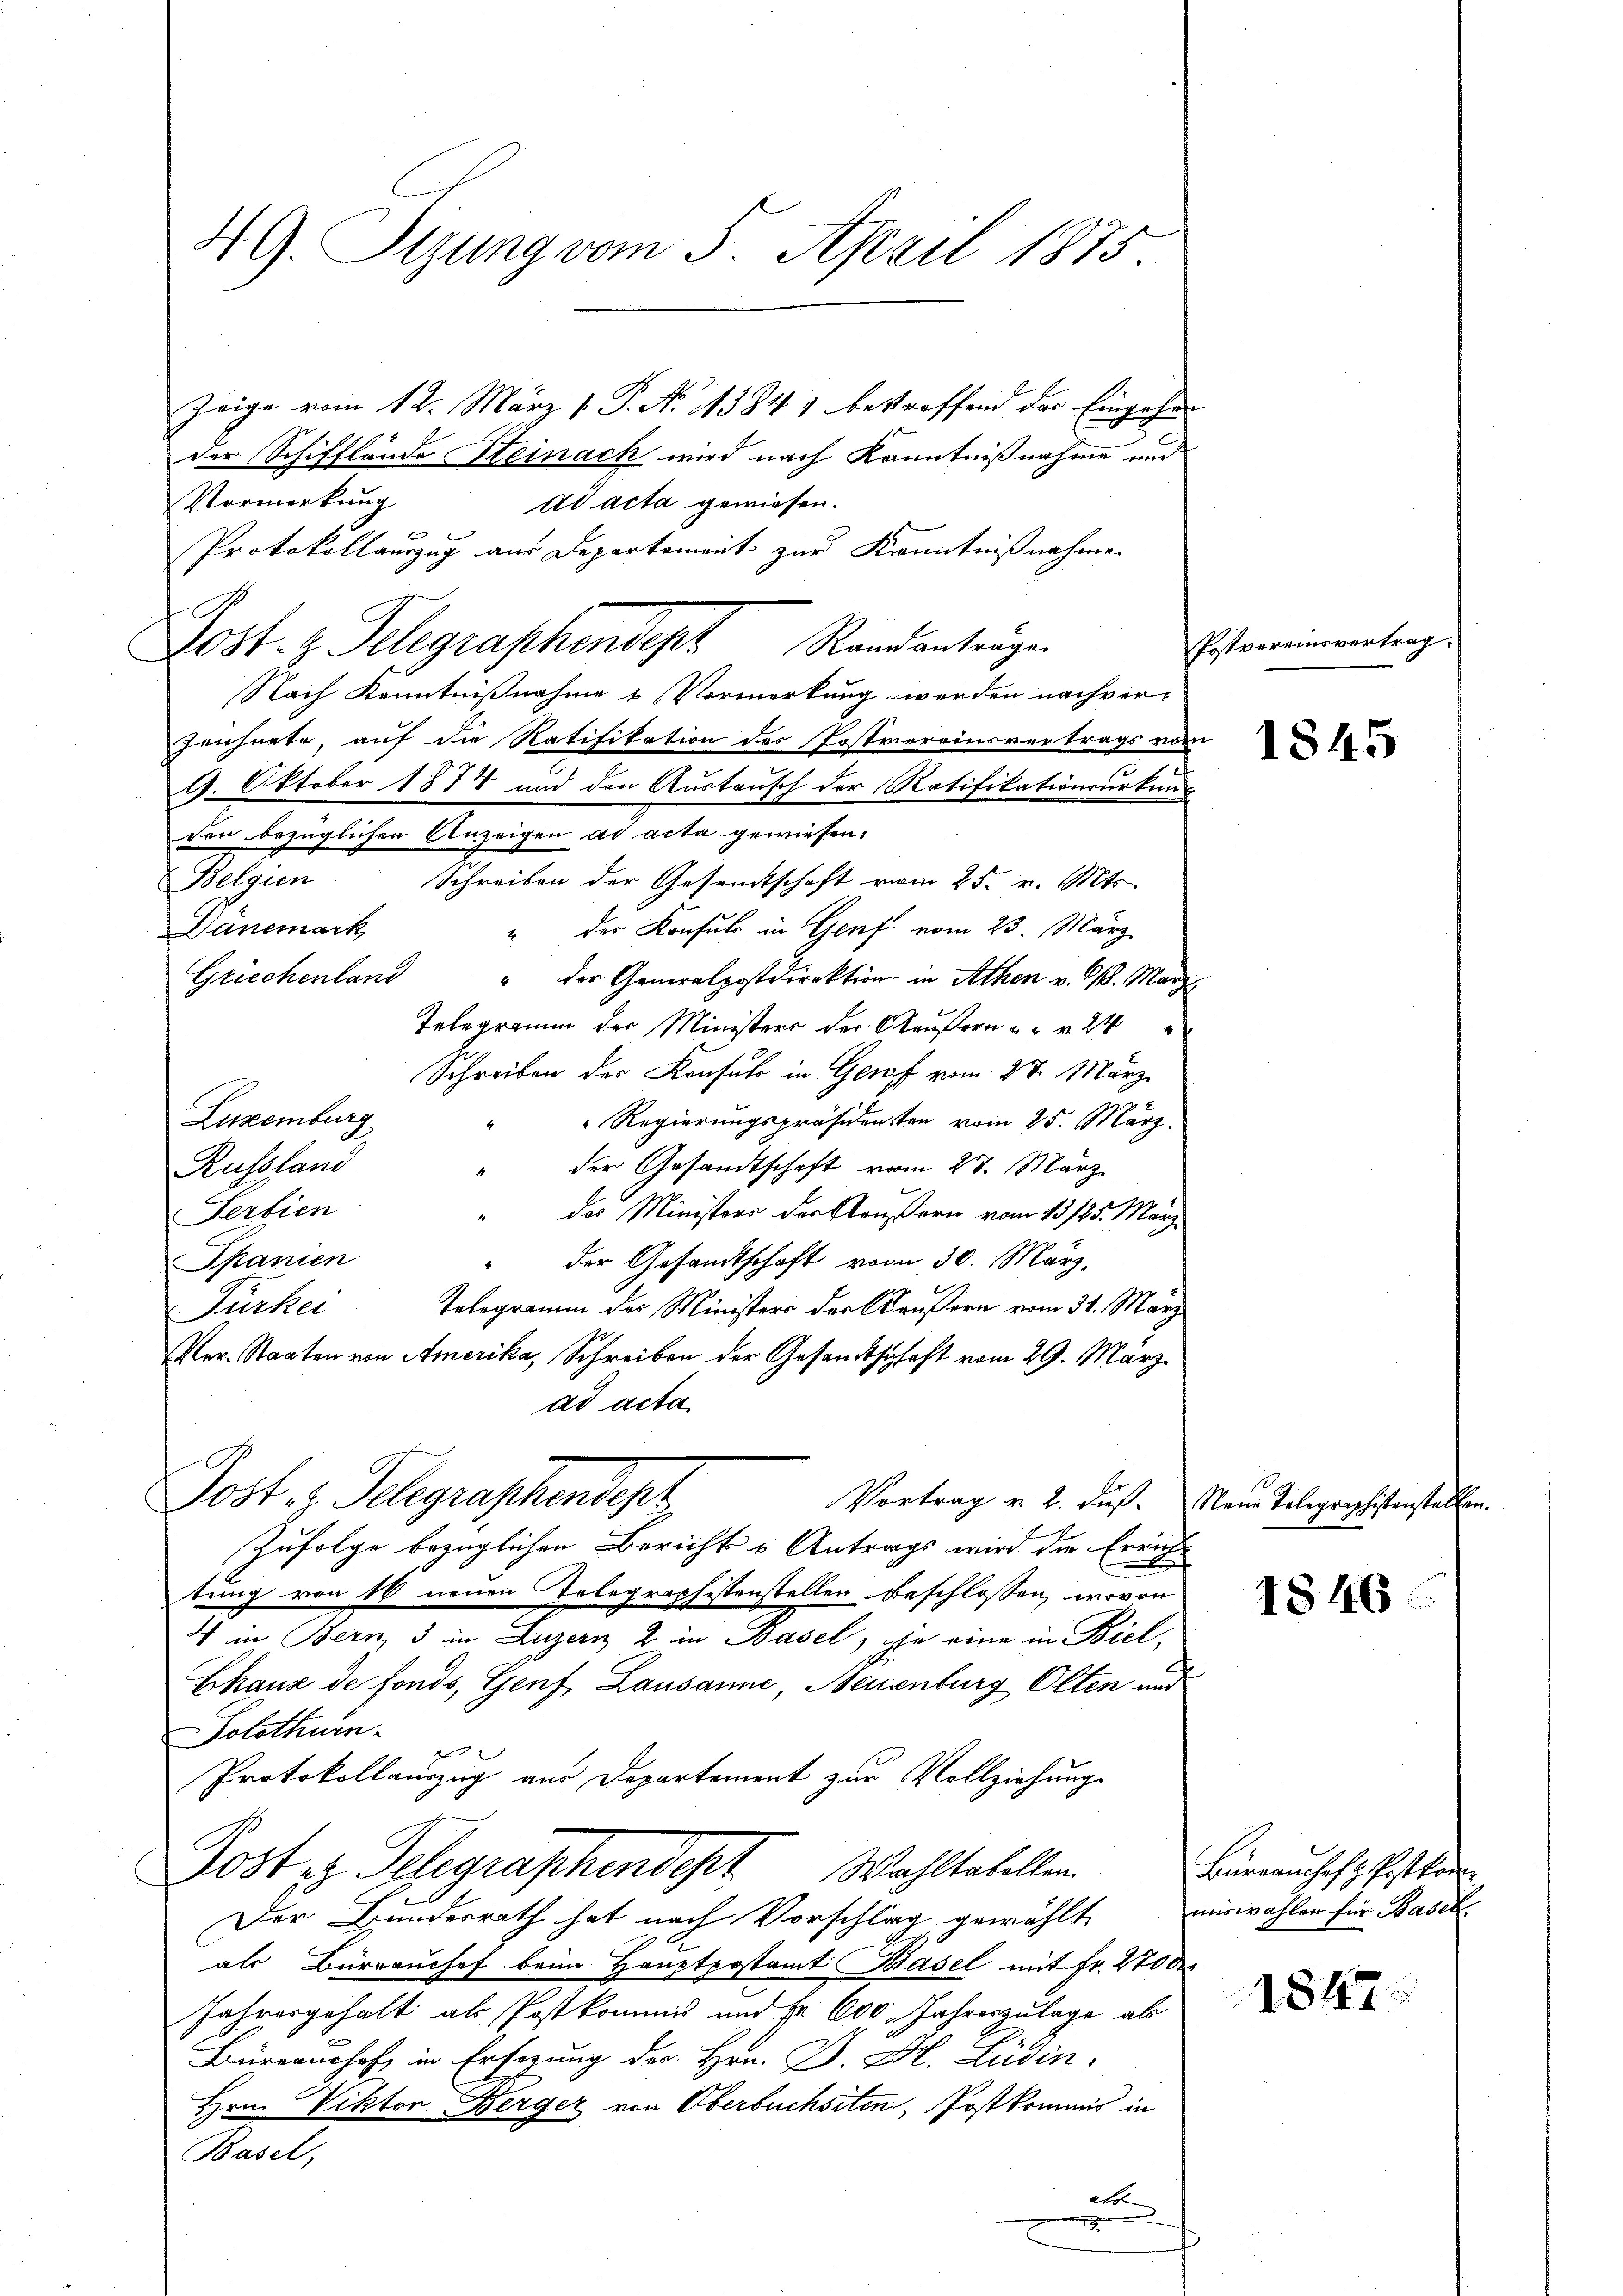
49. Sizung vom 5. April 1875.

Zeige vom 12. März l. P. No 1384 1 bestraffend das Eingehen
der Schifflände Steinach wird nach Kenntnißnahme und
Vormerkung
ad acta gewiesen.
Protokollauszug aus Departement zur Kenntnißnahmen
Post.  Telegraphendet Randantragen
Nach Kenntnißnahme & Vormerkung werden nachver-
Zeichnete, auf die Ratifikation des Postvereinsvertrags vom
9. Oktober 1874 und den Austausch der Ratifikationsurkunden bezüglichen Anzeigen ad acta gewiesen.
Belgien
Schreiben der Gesandtschaft vom 25. v. Mts.
Sanemark
" der Konsuls in Genf vom 23. März
Griechenland
" der Generalpostdirektion in Athen v. M. Marz
Telegramm der Ministers der Steuern " " " 24
Schreiben der Konsul in Genf vom 27. März
Luxenburg
" " Regierungspräsidenten vom 25. März.
" der Gesandtschaft vom 27. März
Russland
Serbien
" des Ministers der Aeußern vom 13/25. März
" der Gesandtschaft vom 30. März.
Spanien
Telegramm des Ministers der Krusern vom 31. März
Fürker
Ver. Staaten von Amerika, Schreiben der Gesandtschaft vom 29. März
ad acta
Post z. Telegraphendept
Vortrag v. 2. daß. Neue Telegraphistenstalten.
Zufolge bezüglichen Berichts - Antrags wird die Errich-
tung von 10 neuen Telegraphistenstellen beschlossen, wovon
4 in Bern, 3 in Luzern 2 in Basel, in eine in Biel,
Chaux de fonds, Genf, Lausanne, Neuenburg Olten und
Solothurn.
2
Protokollauszug aus Departement zur Vollziehungs
Post ez Telegraphendest. Wahltatellen.
Der Bundesrath hat nach Vorschlag, gewählt
als Bürrauchef beim Hauptpostamt Basel mit Fr. 2700
Jahresgehalt als Postkommis und Fr. 600 Jahreszulage als
Büreaushof in Erfagung des Hrn. B. H. Lüdin
Hrn. Viktor Berger von Oberbuchsten, Postkommis in
Basel,
u

Postvereinsvertrag.

1845

1846

Büreaushof z. Postkon
enswahlen für Basel

1847.